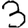
Digit: 3